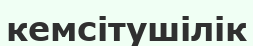
кемсітушілік